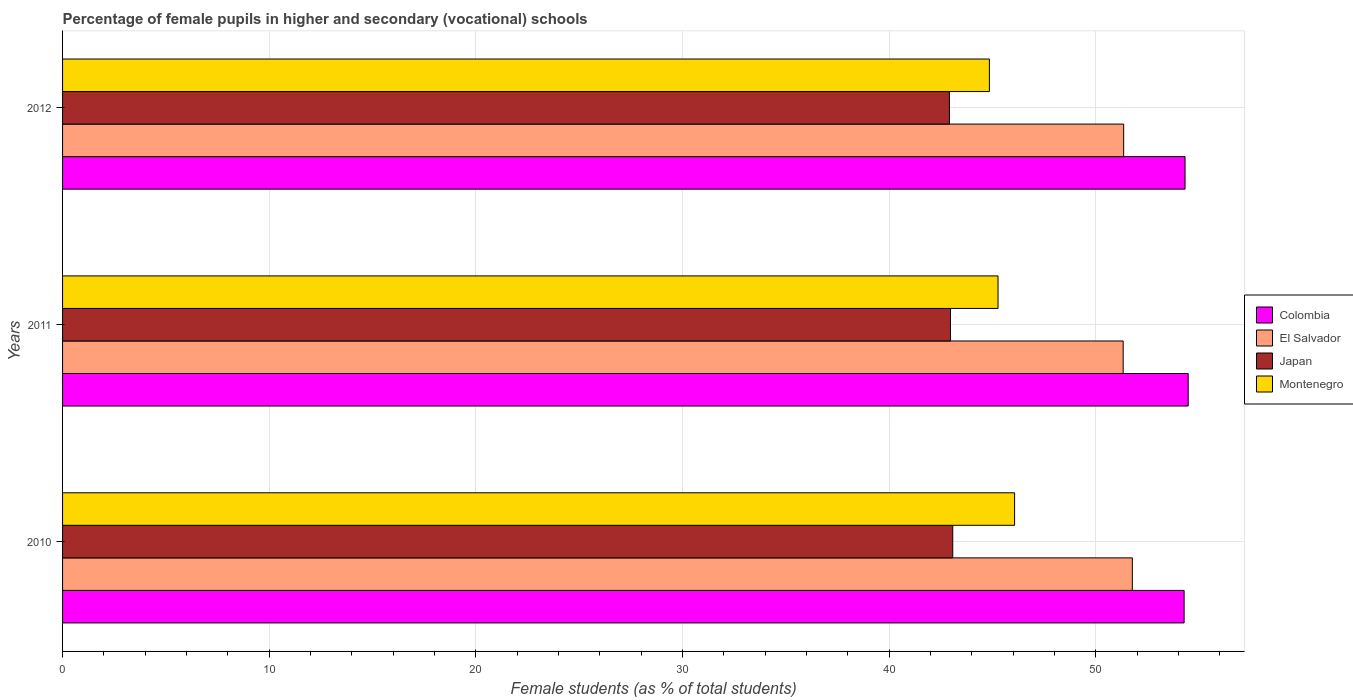
| Years | Colombia | El Salvador | Japan | Montenegro |
 | --- | --- | --- | --- | --- |
 | 2010 | 54.3 | 51.8 | 43.1 | 46.1 |
 | 2011 | 54.5 | 51.3 | 43 | 45.3 |
 | 2012 | 54.3 | 51.4 | 42.9 | 44.9 |